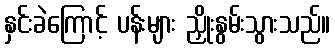
နှင်းခဲကြောင့် ပန်းများ ညှိုးနွမ်းသွားသည်။